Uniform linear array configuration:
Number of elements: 32
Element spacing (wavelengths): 1
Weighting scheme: uniform
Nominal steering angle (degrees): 0
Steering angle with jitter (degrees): -1.762
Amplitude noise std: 0.05
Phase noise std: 0.05

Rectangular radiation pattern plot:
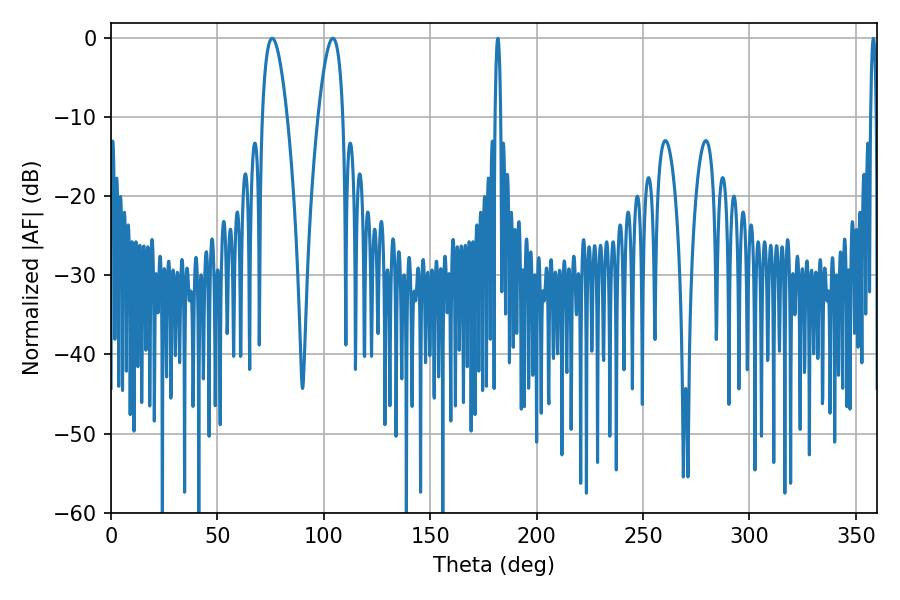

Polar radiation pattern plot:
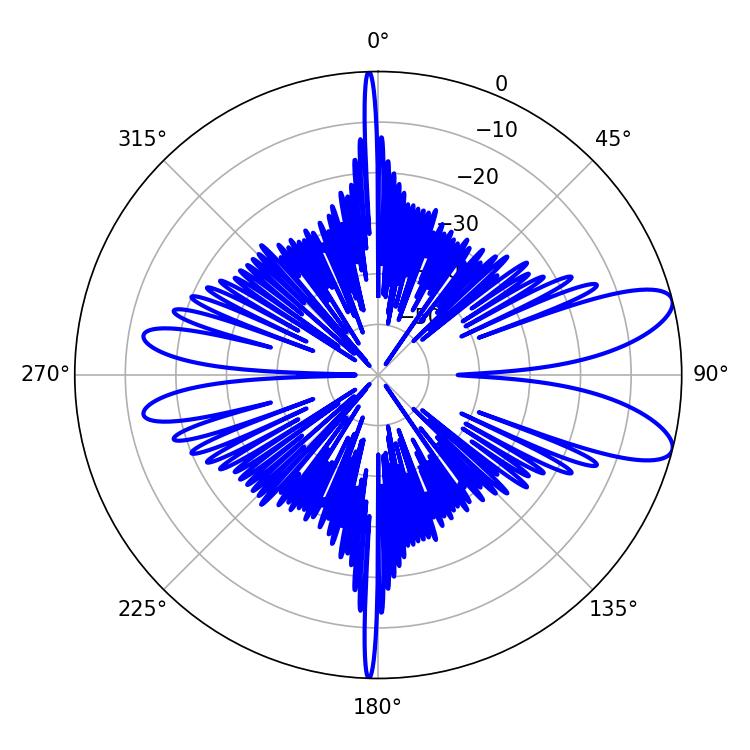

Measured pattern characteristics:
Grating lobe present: TRUE
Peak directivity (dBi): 9.496
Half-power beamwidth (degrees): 6.48
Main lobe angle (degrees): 75.78